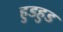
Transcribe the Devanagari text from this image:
हुडहुड